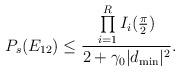
LaTeX: \begin{align*}P_s(E_{12})\leq \frac{\prod \limits_{i=1}^RI_i(\frac{\pi}{2})}{2+\gamma_0|d_{\mathrm{min}}|^2}.\end{align*}